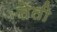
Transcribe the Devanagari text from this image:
तेती